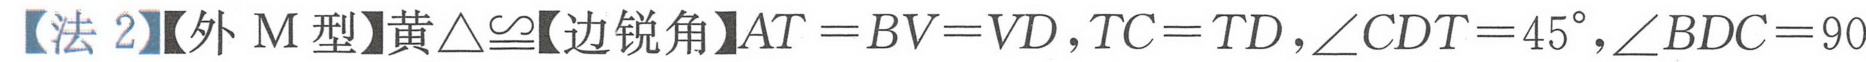
【法 2】【外 M 型】黄$\triangle\cong$【边锐角】$AT = BV = VD,TC = TD,\angle CDT = 45^{\circ},\angle BDC = 90$